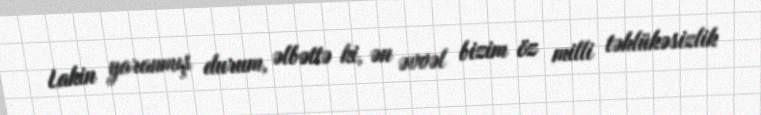
Lakin yaranmış durum, əlbəttə ki, ən əvvəl bizim öz milli təhlükəsizlik